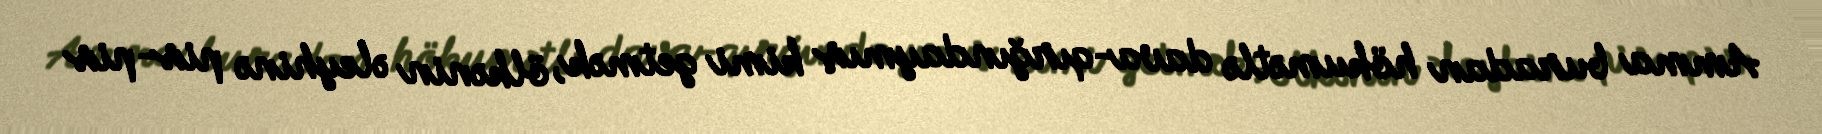
Amma buradan hökumətlə dava-qırğındaymış kimi getmək, ölkənin əleyhinə pis-pis